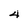
Character: 4